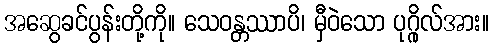
အဆွေခင်ပွန်းတို့ကို။ သေဝန္တဿာပိ၊ မှီဝဲသော ပုဂ္ဂိုလ်အား။